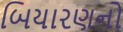
બિયારણનો